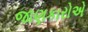
જાણકારોએ